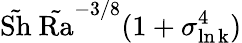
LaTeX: \tilde{\mathrm{Sh}}\ \tilde{\mathrm{Ra}}^{-3/8}(1+\sigma_{\mathrm{\ln k}}^{4})